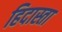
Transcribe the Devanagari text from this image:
हिदास्ता